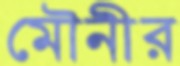
মৌনীর